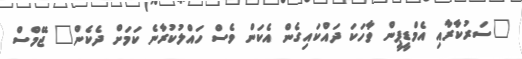
"ސަރުކާރާއި އެމްޑީޕީން ވާހަކަ ދައްކައިގެން އެކަން ވެސް ހައްލުކުރާނެ ކަމަށް ދެކެން" ޖޭމްސް